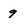
Character: g